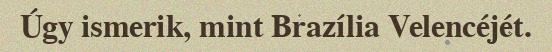
Úgy ismerik, mint Brazília Velencéjét.